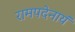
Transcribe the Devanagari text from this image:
रामपदेनायं